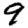
Digit: 9